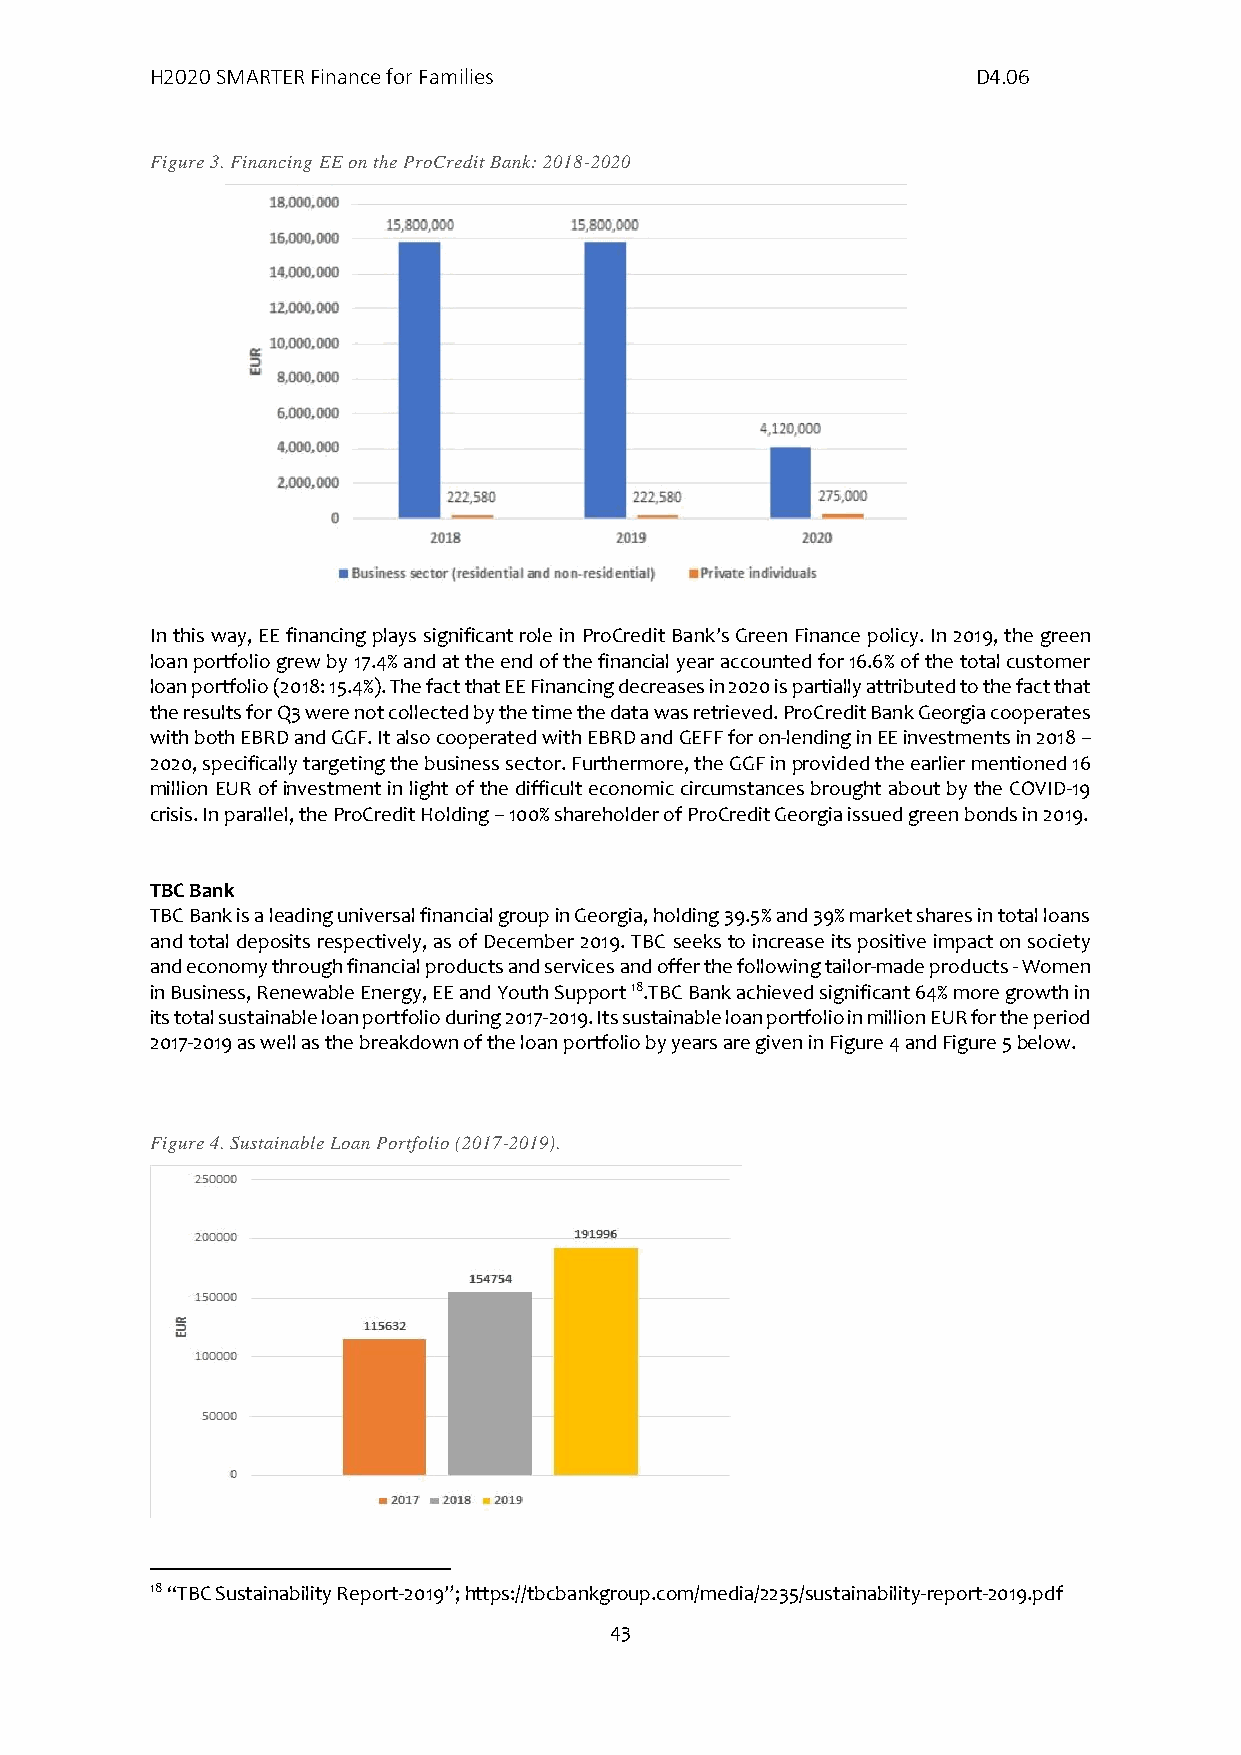
H2020 SMARTER Finance for Families                     D4.06
 Figure 3. Financing EE on the ProCredit Bank: 2018-2020
 In this way, EE financing plays significant role in ProCredit Bank’s Green Finance policy. In 2019, the green
 loan portfolio grew by 17.4% and at the end of the financial year accounted for 16.6% of the total customer
 loan portfolio (2018: 15.4%). The fact that EE Financing decreases in 2020 is partially attributed to the fact that
 the results for Q3 were not collected by the time the data was retrieved. ProCredit Bank Georgia cooperates
 with both EBRD and GGF. It also cooperated with EBRD and GEFF for on-lending in EE investments in 2018 –
 2020, specifically targeting the business sector. Furthermore, the GGF in provided the earlier mentioned 16
 million EUR of investment in light of the difficult economic circumstances brought about by the COVID-19
 crisis. In parallel, the ProCredit Holding – 100% shareholder of ProCredit Georgia issued green bonds in 2019.
 TBC Bank
 TBC Bank is a leading universal financial group in Georgia, holding 39.5% and 39% market shares in total loans
 and total deposits respectively, as of December 2019. TBC seeks to increase its positive impact on society
 and economy through financial products and services and offer the following tailor-made products - Women
 in Business, Renewable Energy, EE and Youth Support 18.TBC Bank achieved significant 64% more growth in
 its total sustainable loan portfolio during 2017-2019. Its sustainable loan portfolio in million EUR for the period
 2017-2019 as well as the breakdown of the loan portfolio by years are given in Figure 4 and Figure 5 below.
 Figure 4. Sustainable Loan Portfolio (2017-2019).
 18 “TBC Sustainability Report-2019”; https://tbcbankgroup.com/media/2235/sustainability-report-2019.pdf
 43